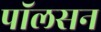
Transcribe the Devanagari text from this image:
पाॅलसन